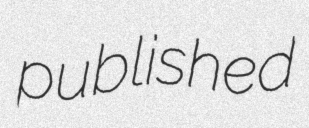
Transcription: published